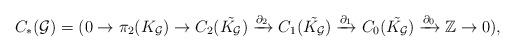
LaTeX: \begin{align*}C_*(\mathcal{G})=(0\rightarrow \pi_2(K_{\mathcal{G}})\rightarrow C_2(\tilde{K_{\mathcal{G}}})\xrightarrow{\partial_2} C_1(\tilde{K_{\mathcal{G}}}) \xrightarrow{\partial_1} C_0(\tilde{K_{\mathcal{G}}}) \xrightarrow{\partial_0} \mathbb{Z} \rightarrow 0),\end{align*}